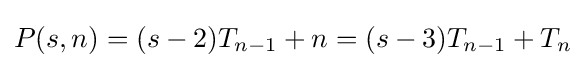
P(s,n)=(s-2)T_{n-1}+n=(s-3)T_{n-1}+T_{n}